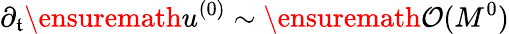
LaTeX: \partial_{\mathfrak{t}}\ensuremath{{u^{(0)}}}\sim\ensuremath{{\mathcal{{O}}(M^{0})}}